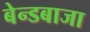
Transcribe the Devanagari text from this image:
बेन्डबाजा